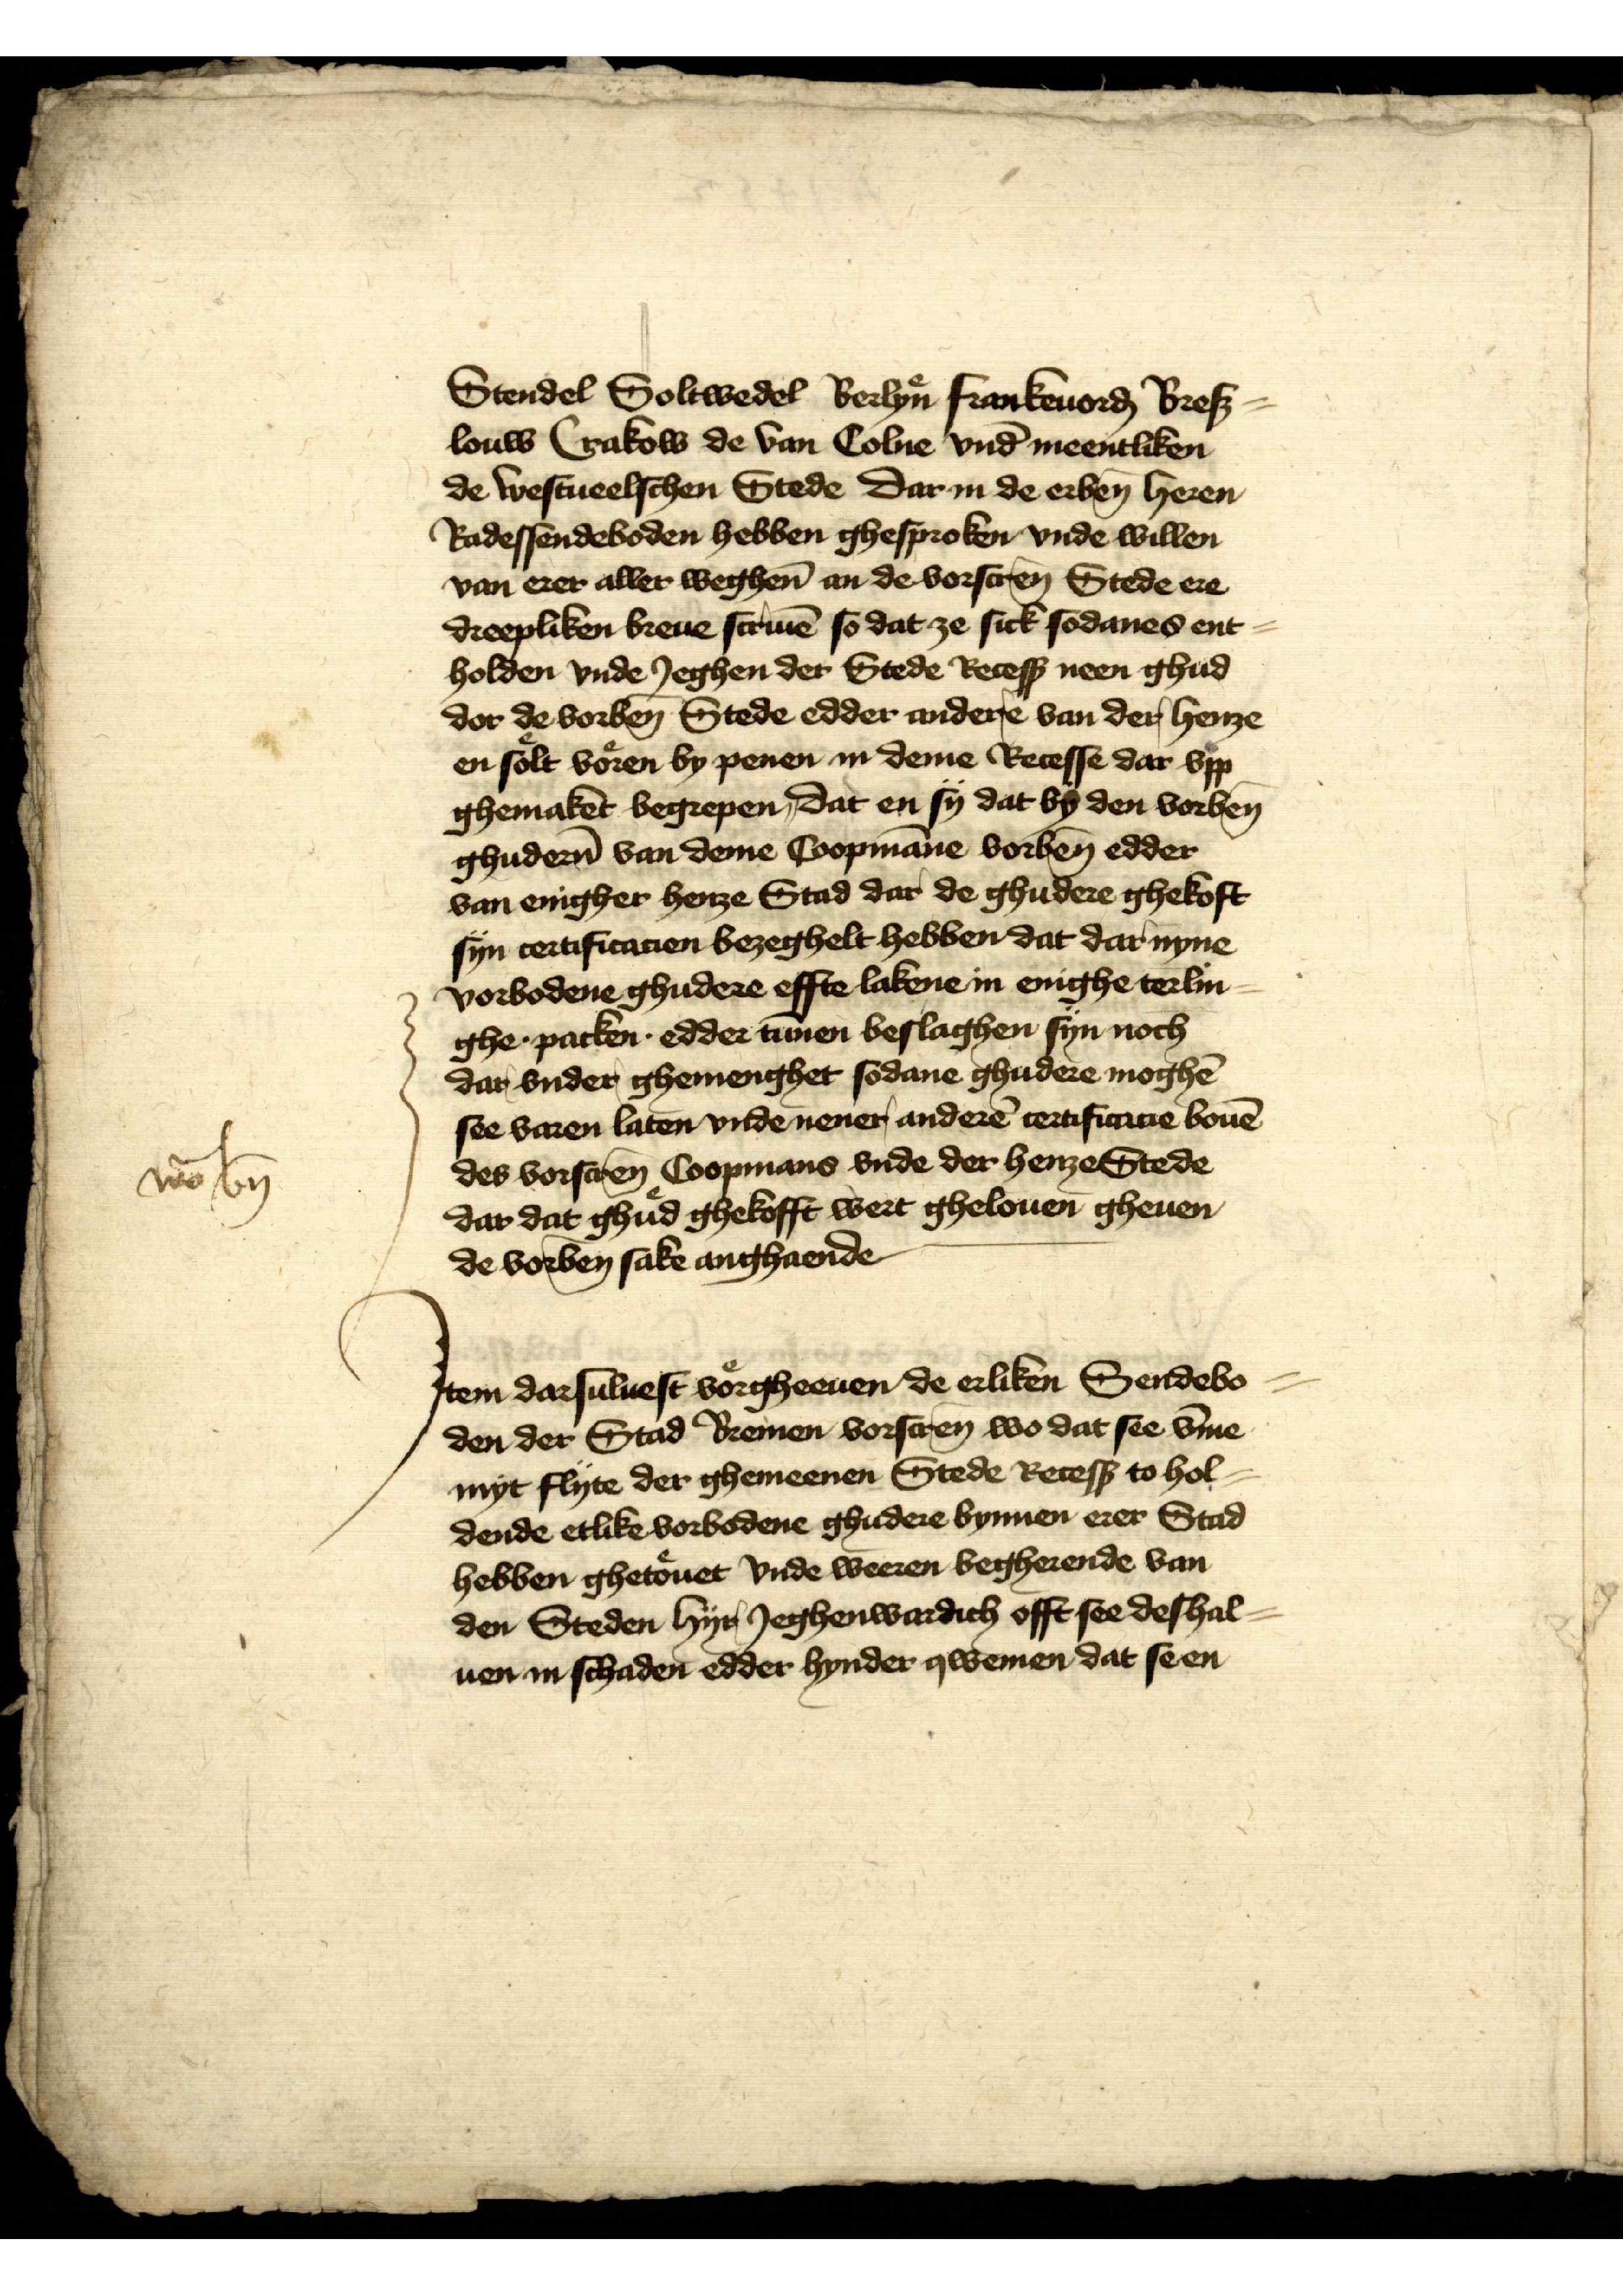
nō bn̄

Stendel Soltwedel Berlyͤn Frankeuord Bres¬
louw Crakow de van Colne vnd meentliken
de westueelschen Stede dar in de erben̄ heren
Radessendeboden hebben ghesproken vnde willen
van erer aller weghen̄ an de vorscrēn Stede ere
dreepliken breue scriuē so dat ze sick sodanes ent
holden vnde Jeghen der Stede Recess neen ghud
dor de vorben̄ Stede edder andere van der henze
en soͤlt voͤren by penen in deme Recesse dar vpp
ghemaket begrepen, dat en sy dat by den vorben̄
ghuder̉n van deme Coopmāne, vorben̄ edder
van enigher henze Stad dar de ghudere ghekoft
syn certificatien bezeghelt hebben dat dar nyne
vorbodene ghudere effte lakene in enighe terlin¬
ghe . packen . edder tūnen beslaghen syn noch
dar vnder ghemenghet sodane ghudere moghē
see varen laten vnde nener anderē certificatie bouē
des vorscrēn Coopmans vnde der henze Stede
dar dat ghuͤd ghekofft wert ghelouen gheuen
de vorben̄ sake anghaende

Jtem darsuluest voͤrgheeuen de erliken Sendebo¬
den der Stad Bremen vorscrēn wo dat see v̄me
myt flyte der ghemeenen Stede Recess to hol-
dende etlike vorbodene ghudere bynnen erer Stad
hebben ghetoͤuet vnde weeren begherende van
den Steden hyr Jeghenwardich offt see deshal¬
uen in schaden edder hynder qwemen dat se en